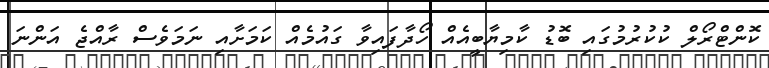
ކޮންޓްރޯލް ކުކުރުމުގައި ބޮޑު ކާމިޔާބީއެއް ހޯދާފައިވާ ގައުމެއް ކަމަށާއި ނަމަވެސް ރާއްޖެ އަންނަ